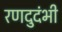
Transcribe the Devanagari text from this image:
रणदुदंभी